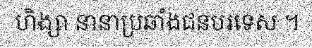
ហិង្សា នានាប្រឆាំងជនបរទេស ។